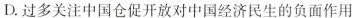
D.过多关注中国仓促开放对中国经济民生的负面作用